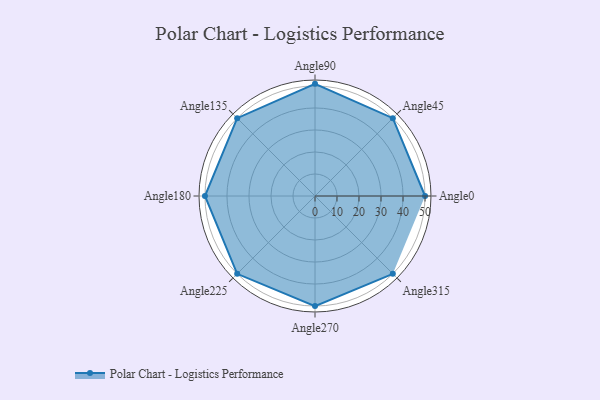
{"axis": {"x": "Angle", "y": "Radius"}, "legend": [""], "data": [{"x": "Angle0", "y": 50, "type": ""}, {"x": "Angle45", "y": 50, "type": ""}, {"x": "Angle90", "y": 51.0, "type": ""}, {"x": "Angle135", "y": 50, "type": ""}, {"x": "Angle180", "y": 50, "type": ""}, {"x": "Angle225", "y": 50, "type": ""}, {"x": "Angle270", "y": 50, "type": ""}, {"x": "Angle315", "y": 50, "type": ""}]}